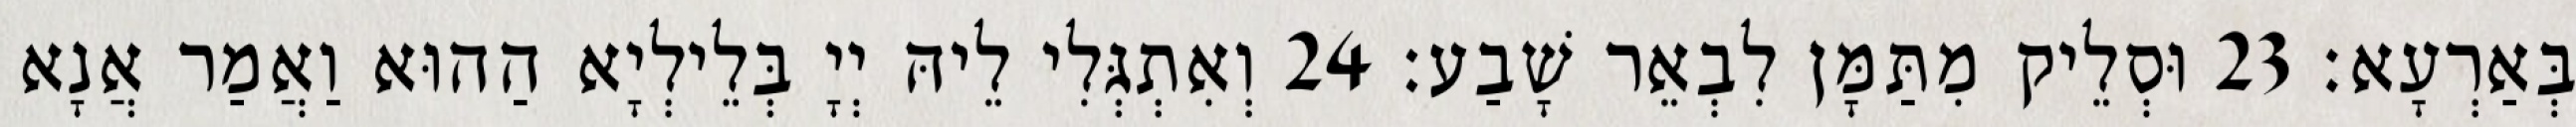
בְּאַרְעָא׃ 23 וּסְלֵיק מִתַּמָּן לִבְאֵר שָׁבַע׃ 24 וְאִתְגְּלִי לֵיהּ יְיָ בְּלֵילְיָא הַהוּא וַאֲמַר אֲנָא